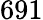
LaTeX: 691